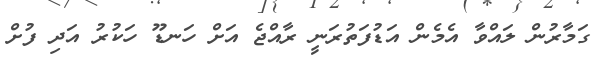
ގަމާރުން ލައްވާ އެމެން އަޑުފަތުރަނީ ރާއްޖެ އަށް ހަނޑޫ ހަކުރު އަދި ފުށް